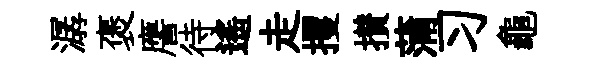
潺褒譍待遙走攫攅蒲习龜